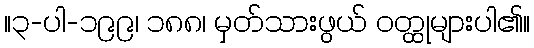
။၃-ပါ-၁၉၉၊ ၁၈၈၊ မှတ်သားဖွယ် ဝတ္ထုများပါ၏။